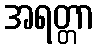
အရတ္တာ